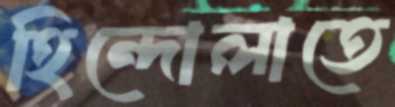
হিন্দোলাতে